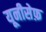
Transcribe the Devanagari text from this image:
यूनीसेफ़